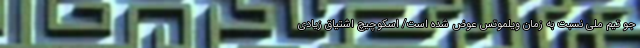
جو تیم ملی نسبت به زمان ویلموتس عوض شده است/ اسکوچیچ اشتیاق زیادی